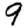
Digit: 9